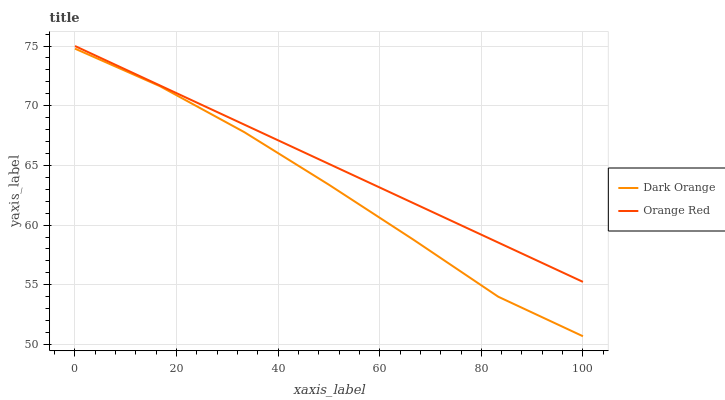
| xaxis_label | Dark Orange | Orange Red |
 | --- | --- | --- |
 | 0 | 74.8 | 75 |
 | 16.7 | 71.6 | 71.7 |
 | 33.3 | 67.8 | 68.4 |
 | 50 | 63.4 | 65.1 |
 | 66.7 | 58.8 | 61.8 |
 | 83.3 | 54 | 58.5 |
 | 100 | 50.7 | 55.2 |